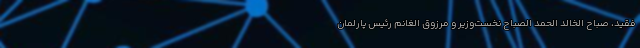
فقید، صباح الخالد الحمد الصباح نخست‌وزیر و مرزوق الغانم رئیس پارلمان